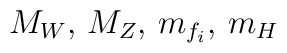
M_W,\, M_Z, \, m_{f_i}, \, m_H